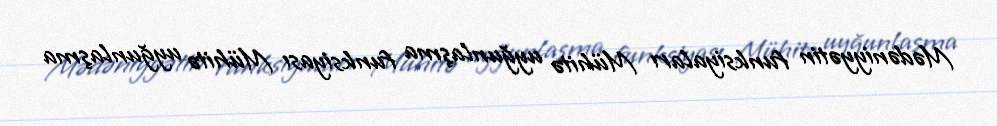
Mədəniyyətin funksiyaları Mühitə uyğunlaşma funksiyası Mühitə uyğunlaşma